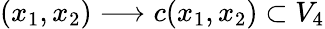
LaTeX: (x_{1},x_{2})\longrightarrow c(x_{1},x_{2})\subset V_{4}